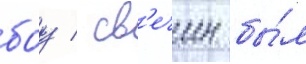
боу / св'ечин бы́л